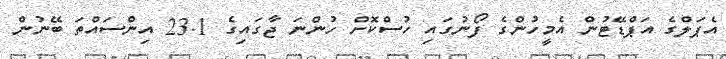
އެޕަލްގެ އަޕްޑޭޓުން އެމީހުންގެ ފޯނުގައި ހުސްކޮށް ހުންނަ ޖާގައިގެ 23.1 އިންސައްތަ ބޭނުން